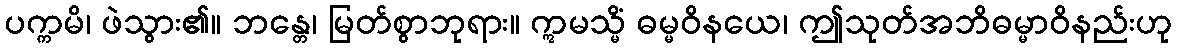
ပက္ကမိ၊ ဖဲသွား၏။ ဘန္တေ၊ မြတ်စွာဘုရား။ ဣမသ္မိံ ဓမ္မဝိနယေ၊ ဤသုတ်အဘိဓမ္မာဝိနည်းဟု